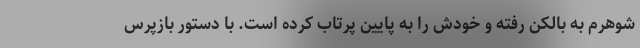
شوهرم به بالکن رفته و خودش را به پایین پرتاب کرده است. با دستور بازپرس